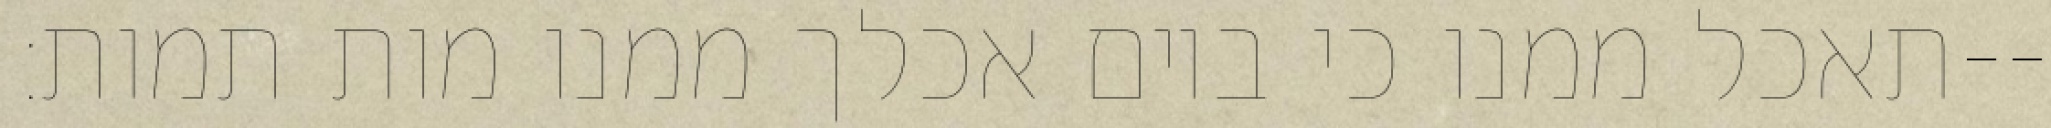
תאכל ממנו כי ביום אכלך ממנו מות תמות׃--